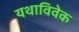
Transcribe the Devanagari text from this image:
यथाविवेक